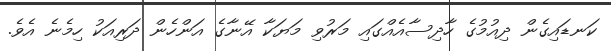
ކަނޑައިގެން ދިއުމުގެ ހާދިސާއެއްގައި މަރުވި މަޔަކާ އޭނާގެ އަންހެން ދަރިއަކު ހިމެނެ އެވެ.